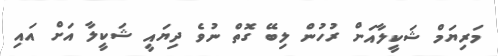
މަރިޔަމް ޝަކީލާއަށް ރުހުން ލިބޭ ގޮތް ނުވެ ދިޔައީ ޝަކީލާ އަށް އައި